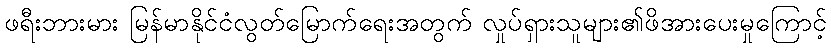
ဖရီးဘားမား မြန်မာနိုင်ငံလွတ်မြောက်ရေးအတွက် လှုပ်ရှားသူများ၏ဖိအားပေးမှုကြောင့်